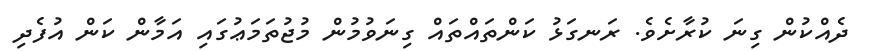
ދެއްކުން ގިނަ ކުރާށެވެ. ރަނގަޅު ކަންތައްތައް ގިނަވުމުން މުޖުތަމަޢުގައި އަމާން ކަން އުފެދި